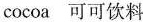
cocoa 可可饮料